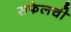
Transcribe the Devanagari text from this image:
सफेलची